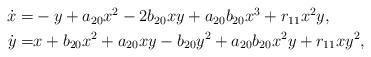
LaTeX: \begin{align*} \begin{aligned}\dot{x}= & - y + a_{20} x^2 - 2 b_{20} x y + a_{20} b_{20} x^3 + r_{11} x^2 y,\\\dot{y}= & x + b_{20} x^2 + a_{20} x y - b_{20} y^2 + a_{20} b_{20} x^2 y + r_{11} x y^2,\end{aligned}\end{align*}